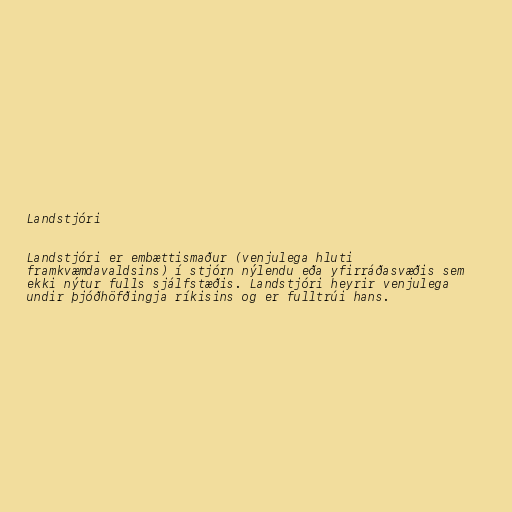
Landstjóri

Landstjóri er embættismaður (venjulega hluti
framkvæmdavaldsins) í stjórn nýlendu eða yfirráðasvæðis sem
ekki nýtur fulls sjálfstæðis. Landstjóri heyrir venjulega
undir þjóðhöfðingja ríkisins og er fulltrúi hans.